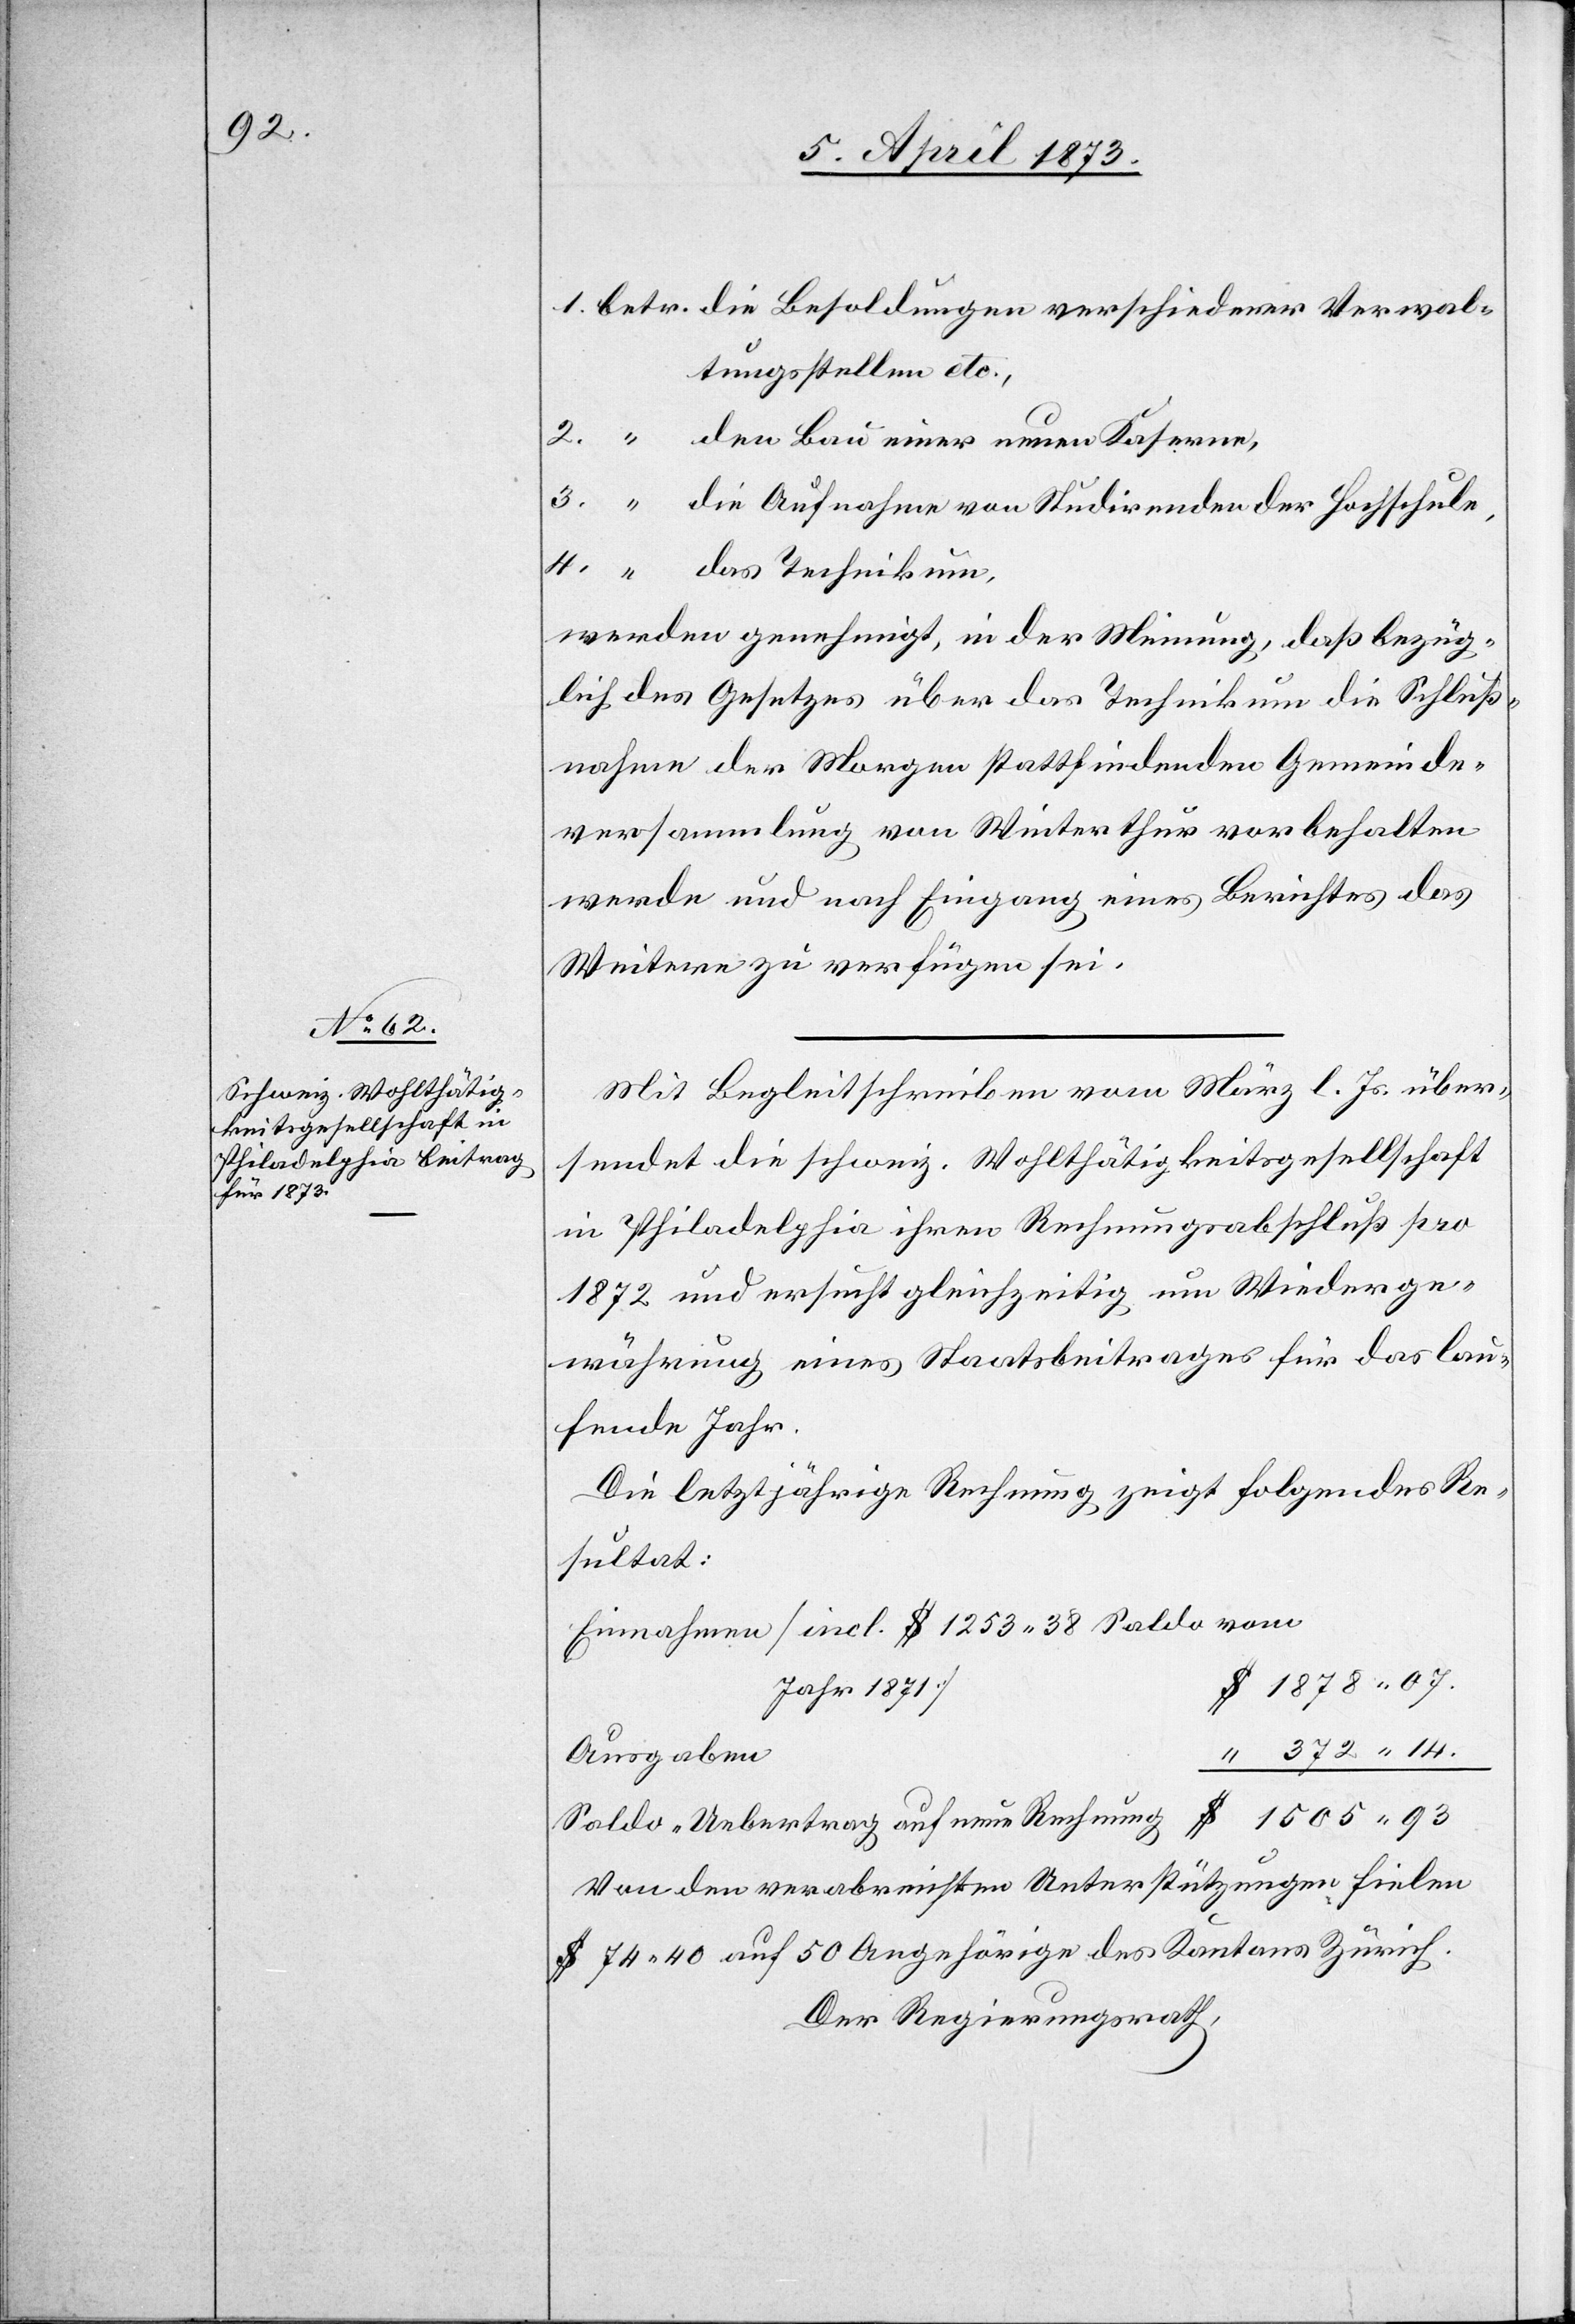
14.

tungsstellen etc.,
die Aufnahme von Studirenden der Hochschule,
werden genehmigt, in der Meinung, daß bezüg¬
lich des Gesetzes über das Technikum die Schluß¬
nahme der Morgen stattfindenden Gemeinde¬
versammlung von Winterthur vorbehalten
werde und nach Eingang eines Berichtes das
Weitere zu verfügen sei.
Mit Begleitschreiben vom März l. Js. über¬
sendet die schweiz. Wohlthätigkeitsgesellschaft
in Philadelphia ihren Rechnungsabschluß pro
1872 und ersucht gleichzeitig um Wiederge¬
währung eines Staatsbeitrages für das lau¬
fende Jahr.
Die letztjährige Rechnung zeigt folgendes Re¬
sultat:
Einnahmen [incl. $ 1253 38 Saldo vom
Jahr 1871:]
Ausgaben
Saldo-Uebertrag auf neue Rechnung
Von den verabreichten Unterstützungen fielen
$ 74. 40 auf 50 Angehörige des Kantons Zürich.
Der Regierungsrath,